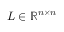
\boldsymbol { L } \in \mathbb { R } ^ { n \times n }